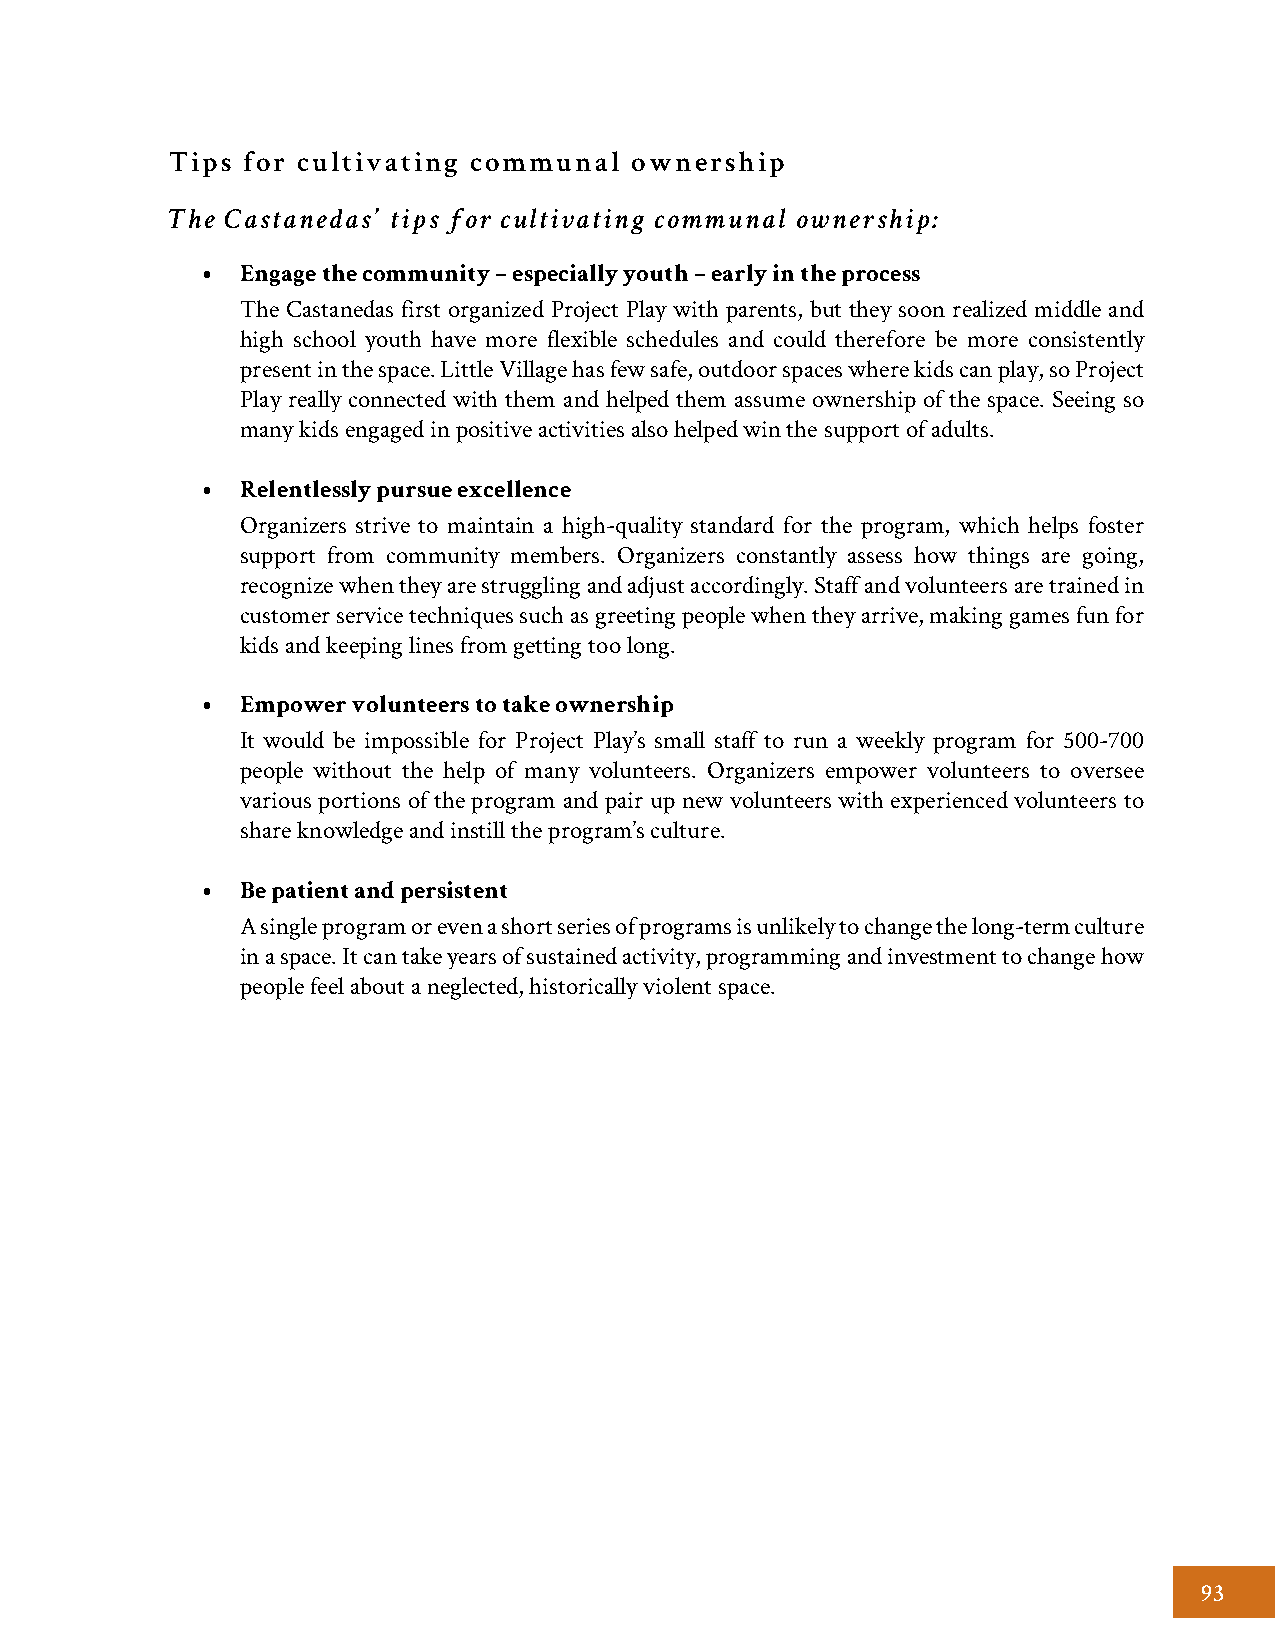
Tips for cultivating communal  ownership
 The Castanedas’ tips for cultivating communal ownership:
 Engage the community – especially youth – early in the process
 •
 The Castanedas first organized Project Play with parents, but they soon realized middle and
 high school youth have more flexible schedules and could therefore be more consistently
 present in the space. Little Village has few safe, outdoor spaces where kids can play, so Project
 Play really connected with them and helped them assume ownership of the space. Seeing so
 many kids engaged in positive activities also helped win the support of adults.
 Relentlessly pursue excellence
 •
 Organizers strive to maintain a high-quality standard for the program, which helps foster
 support from community members. Organizers constantly assess how things are going,
 recognize when they are struggling and adjust accordingly. Staff and volunteers are trained in
 customer service techniques such as greeting people when they arrive, making games fun for
 kids and keeping lines from getting too long.
 Empower volunteers to take ownership
 •
 It would be impossible for Project Play’s small staff to run a weekly program for 500-700
 people without the help of many volunteers. Organizers empower volunteers to oversee
 various portions of the program and pair up new volunteers with experienced volunteers to
 share knowledge and instill the program’s culture.
 Be patient and persistent
 •
 A single program or even a short series of programs is unlikely to change the long-term culture
 in a space. It can take years of sustained activity, programming and investment to change how
 people feel about a neglected, historically violent space.
 93